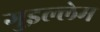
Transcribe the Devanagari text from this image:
गुइल्लेम